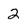
Character: 2